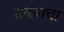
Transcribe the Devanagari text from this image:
तयबाचा